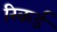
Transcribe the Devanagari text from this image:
रिकर्ड